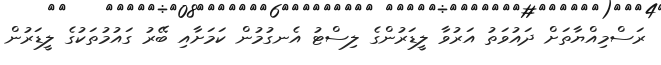
ރަސްމިއްޔާތަށް ދައުވަތު އަރުވާ ލީޑަރުންގެ ލިސްޓު އެނގުމުން ކަމަށާއި ބޭރު ގައުމުތަކުގެ ލީޑަރުން